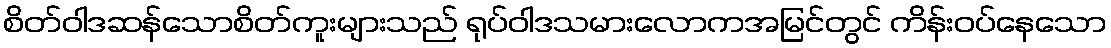
စိတ်ဝါဒဆန်သောစိတ်ကူးများသည် ရုပ်ဝါဒသမားလောကအမြင်တွင် ကိန်းဝပ်နေသော